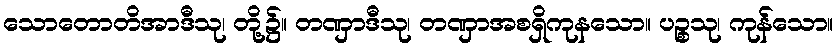
သောတောတိအာဒီသု၊ တို့၌။ တဏှာဒီသု၊ တဏှာအစရှိကုနသော။ ပဉ္စသု၊ ကုန်သော။